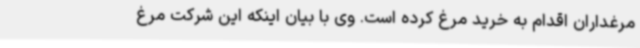
مرغداران اقدام به خرید مرغ کرده است. وی با بیان اینکه این شرکت مرغ